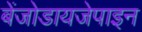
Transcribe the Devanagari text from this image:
बेंजोडायजेपाइन